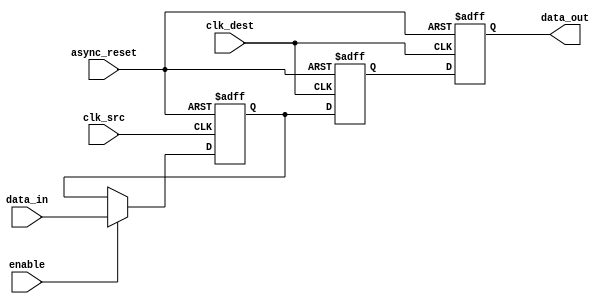
module signal_crossing_synchronizer #(
    parameter DATA_WIDTH = 1  // Width of the data signal to synchronize
)(
    input  wire              clk_src,      // Source clock
    input  wire              clk_dest,     // Destination clock
    input  wire              async_reset,  // Asynchronous reset
    input  wire              enable,       // Optional enable signal
    input  wire [DATA_WIDTH-1:0] data_in,  // Data input from source clock domain
    output reg  [DATA_WIDTH-1:0] data_out   // Synchronized data output to destination clock domain
);

    // Internal signals for synchronizer
    reg [DATA_WIDTH-1:0] sync_reg1;  // First stage of synchronization
    reg [DATA_WIDTH-1:0] sync_reg2;  // Second stage of synchronization

    // First flip-flop (in source clock domain)
    always @(posedge clk_src or negedge async_reset) begin
        if (!async_reset) begin
            sync_reg1 <= {DATA_WIDTH{1'b0}};  // Initialize to 0 on reset
        end else if (enable) begin
            sync_reg1 <= data_in;  // Sample the incoming data
        end
    end

    // Second flip-flop (in destination clock domain)
    always @(posedge clk_dest or negedge async_reset) begin
        if (!async_reset) begin
            sync_reg2 <= {DATA_WIDTH{1'b0}};  // Initialize to 0 on reset
            data_out <= {DATA_WIDTH{1'b0}};   // Initialize output
        end else begin
            sync_reg2 <= sync_reg1;  // Sample the output of the first flip-flop
            data_out <= sync_reg2;   // Provide synchronized output
        end
    end

endmodule